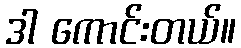
ဒါ ကောင်းတယ်။